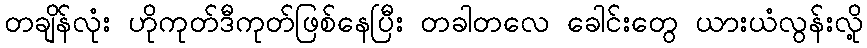
တချိန်လုံး ဟိုကုတ်ဒီကုတ်ဖြစ်နေပြီး တခါတလေ ခေါင်းတွေ ယားယံလွန်းလို့